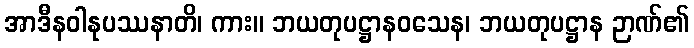
အာဒီနဝါနုပဿနာတိ၊ ကား။ ဘယတုပဋ္ဌာနဝသေန၊ ဘယတုပဋ္ဌာန ဉာဏ်၏